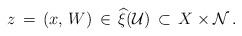
LaTeX: \begin{align*}z\,=\, (x,\, W)\, \in\, \widehat{\xi}({\mathcal U})\, \subset\,X\times \mathcal N\, .\end{align*}